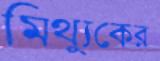
মিথ্যুকের